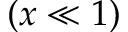
( x \ll 1 )